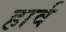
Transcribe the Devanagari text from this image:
हार्व